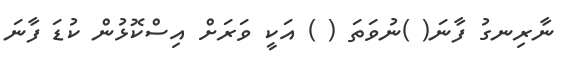
ނާރިނގު ފާނަ( )ނުވަތަ ( ) އަކީ ވަރަށް އިސްކޮޅުން ކުޑަ ފާނަ